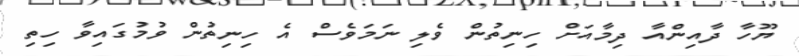
ޔޫހާ ދާއިންއާ ދިމާއަށް ހިނިތުން ވެލި ނަމަވެސް އެ ހިނިތުން ވުމުގައިވާ ހިތި